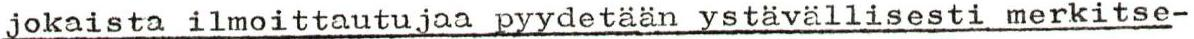
jokaista ilmoittautujaa pyydetään ystävällisesti merkitse-